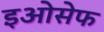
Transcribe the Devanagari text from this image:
इओसेफ